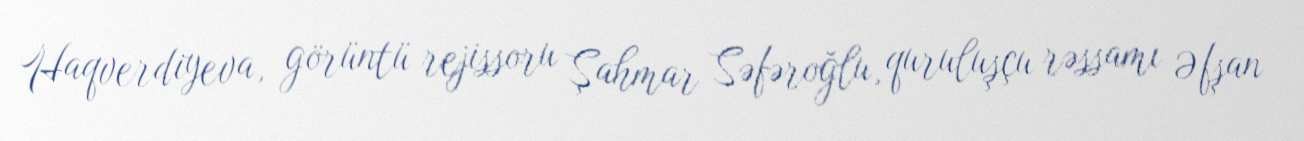
Haqverdiyeva, görüntü rejissoru Şahmar Səfəroğlu, quruluşçu rəssamı Əfşan